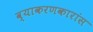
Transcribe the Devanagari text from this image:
व्याकरणकारांस